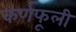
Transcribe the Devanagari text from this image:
कर्णफूली